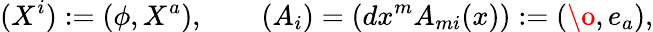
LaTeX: (X^{i}):=(\phi,X^{a}),\qquad(A_{i})=(dx^{m}A_{mi}(x)):=(\o,e_{a}),